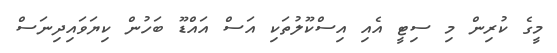
މީގެ ކުރިން މި ސިޓީ އެއި އިސްކޫލުތަކި އަސް އައްޑޫ ބަހުން ކިޔަވައިދިނަސް